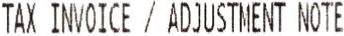
TAX INVOICE / ADJUSTMENT NOTE